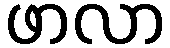
ဖာလာ